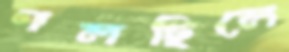
গলছিলে